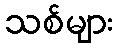
သစ်များ